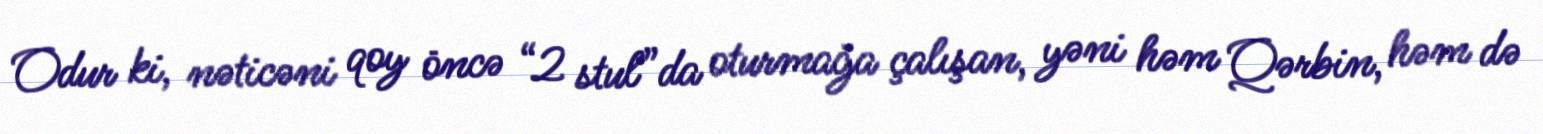
Odur ki, nəticəni qoy öncə “2 stul”da oturmağa çalışan, yəni həm Qərbin, həm də